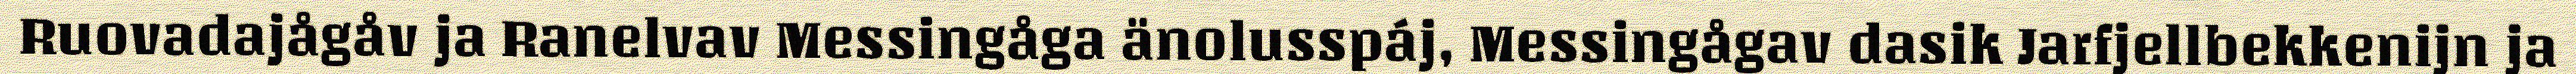
Ruovadajågåv ja Ranelvav Messingåga änolusspáj, Messingågav dasik Jarfjellbekkenijn ja